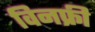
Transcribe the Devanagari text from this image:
विनफ्री